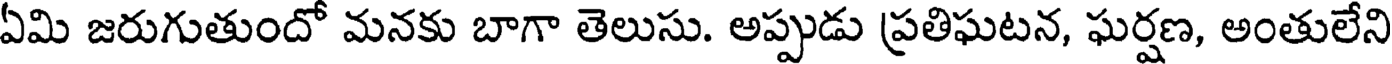
ఏమి జరుగుతుందో మనకు బాగా తెలుసు. అప్పుడు ప్రతిఘటన, ఘర్షణ, అంతులేని